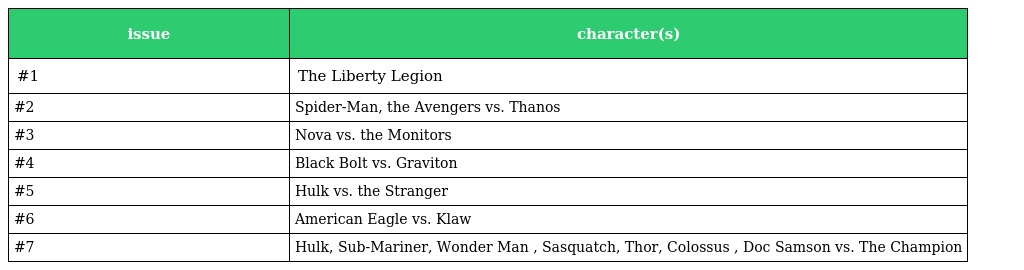
| issue | character(s) |
 | --- | --- |
 | #1 | The Liberty Legion |
 | #2 | Spider-Man, the Avengers vs. Thanos |
 | #3 | Nova vs. the Monitors |
 | #4 | Black Bolt vs. Graviton |
 | #5 | Hulk vs. the Stranger |
 | #6 | American Eagle vs. Klaw |
 | #7 | Hulk, Sub-Mariner, Wonder Man , Sasquatch, Thor, Colossus , Doc Samson vs. The Champion |